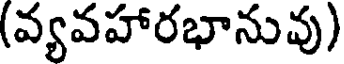
(వ్యవహారభానువు)